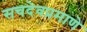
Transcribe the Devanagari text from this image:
सचदेवप्रमाणे